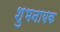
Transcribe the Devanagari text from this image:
शुभनायक